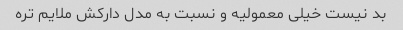
بد نیست خیلی معمولیه و نسبت به مدل دارکش ملایم تره